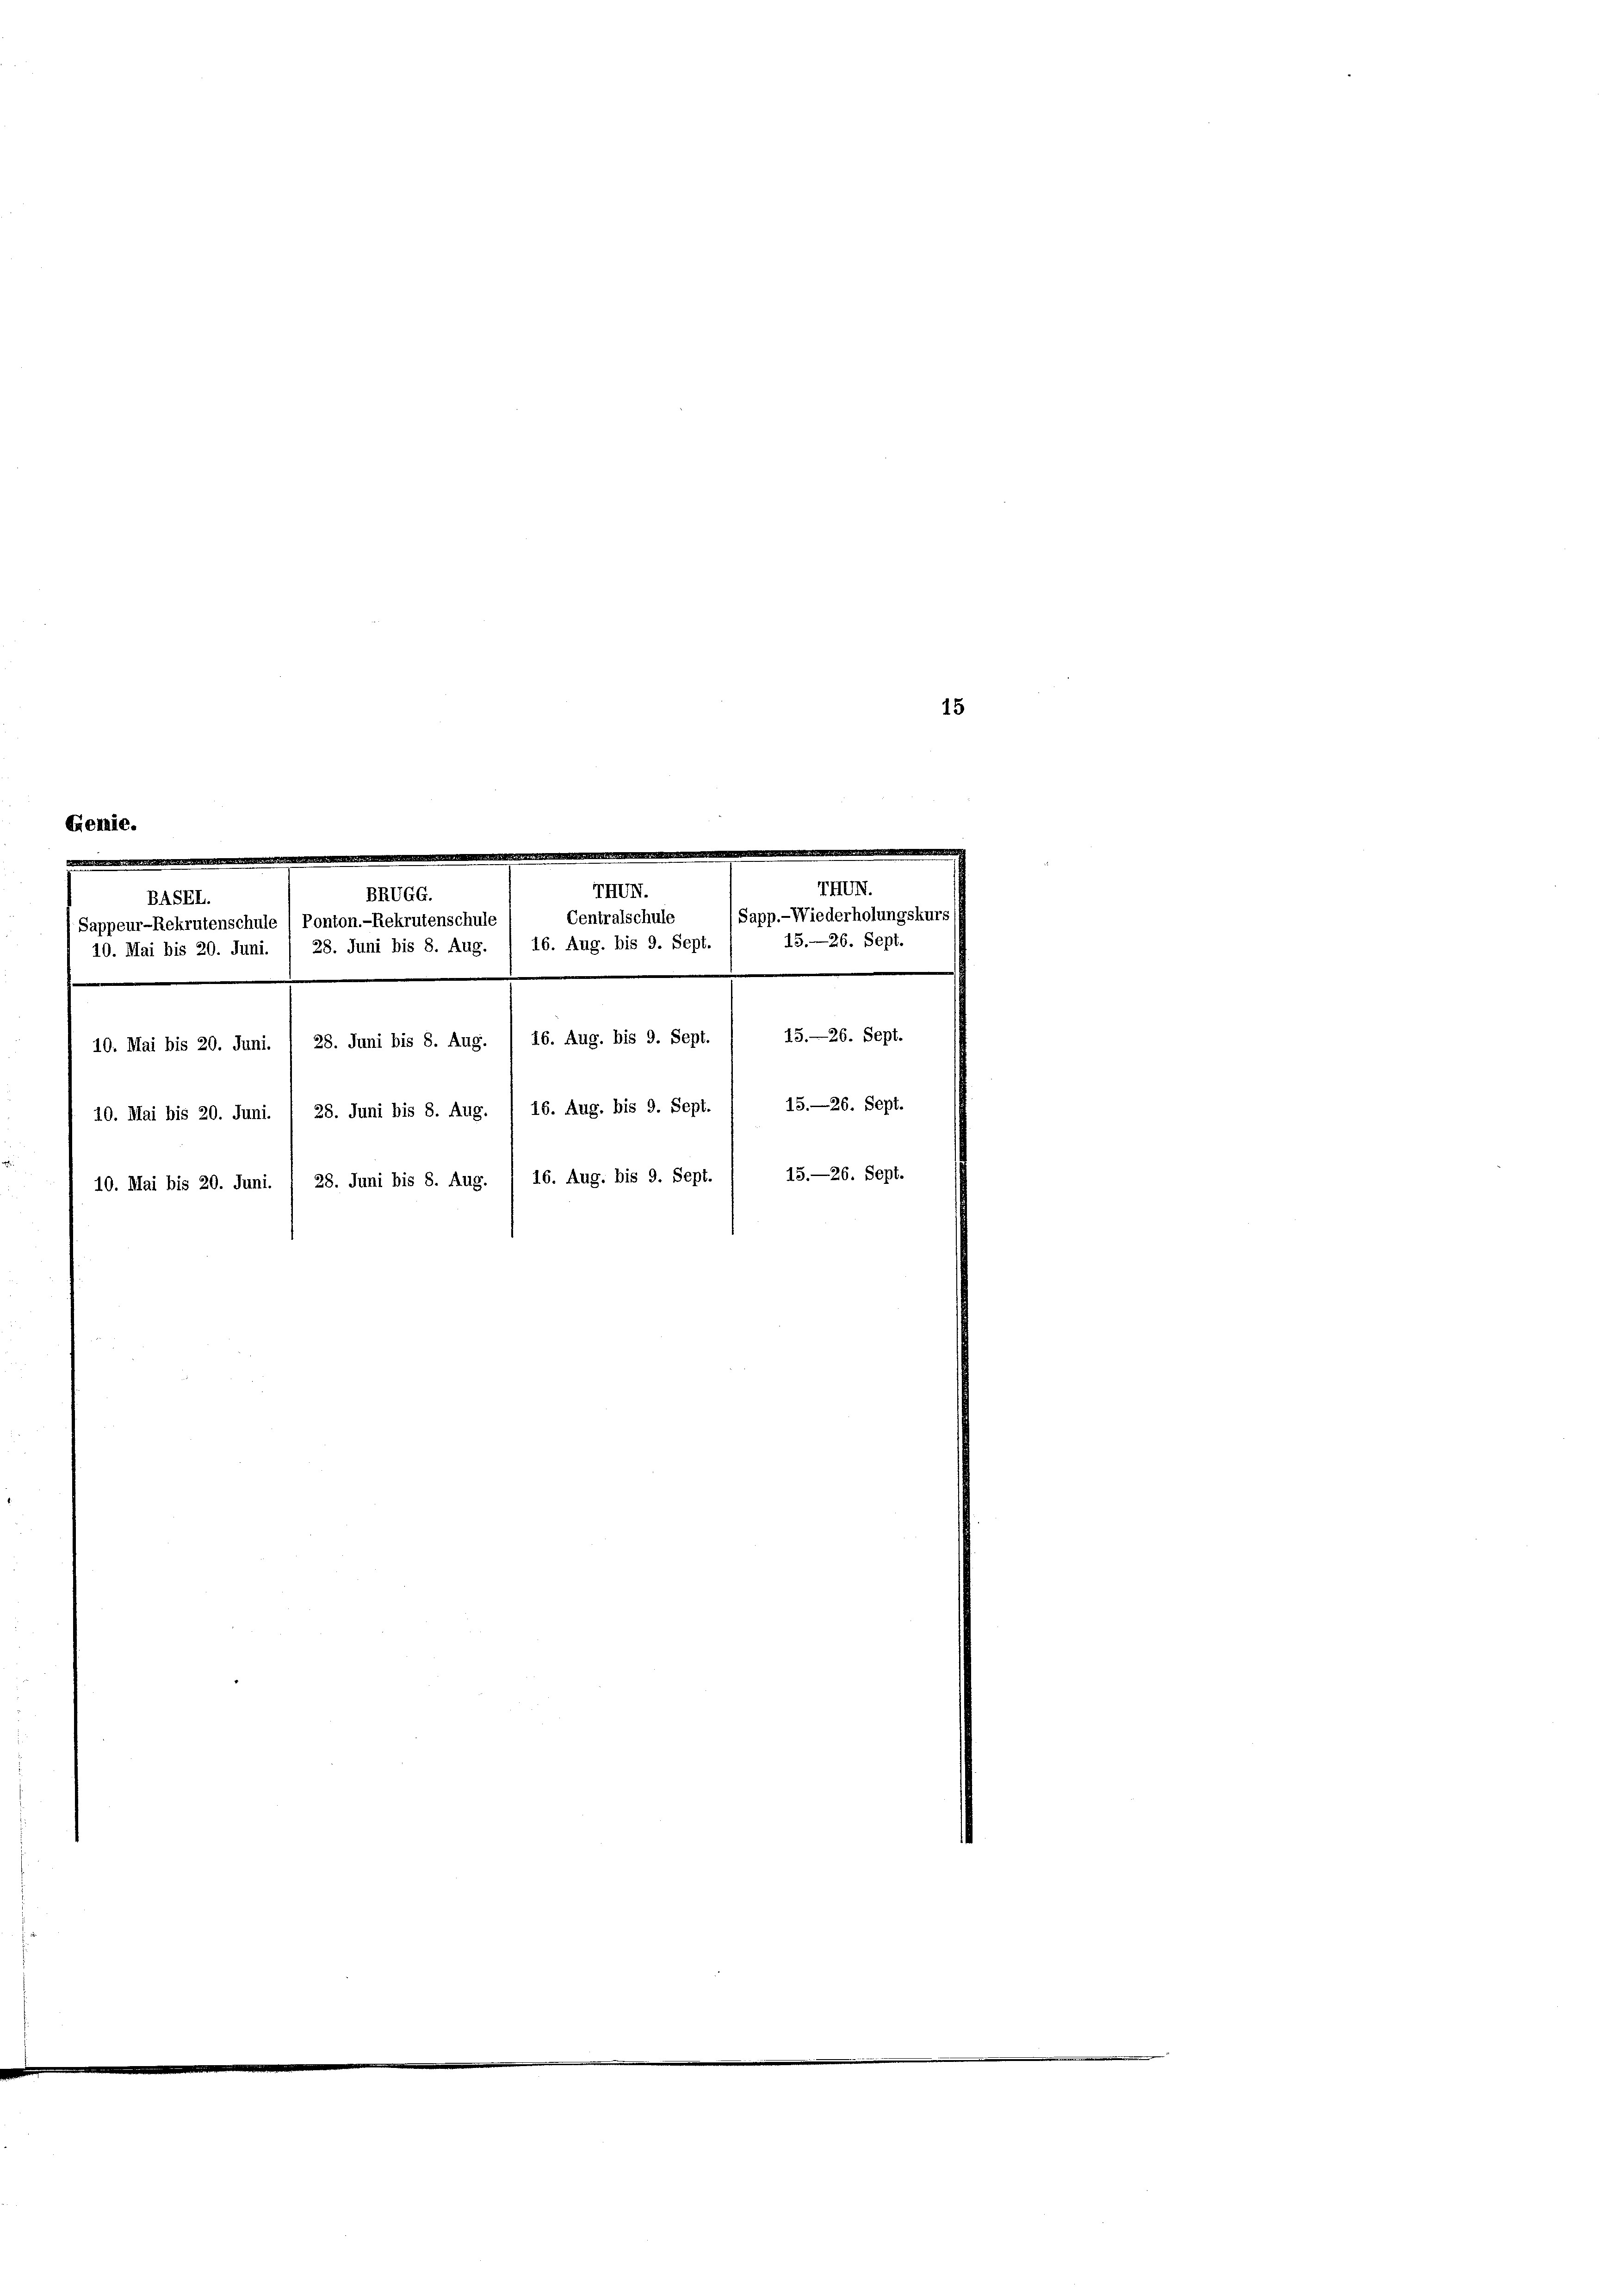
Gemie.
.
e

d
BASEL.
28. Juni bis 8. Aug. / 16. Aug. bis 9. Sept.
10. Mai bis 20. Juni.
s
10. Mai bis 20. Juni. / 28. Juni bis 8. Aug. / 16. Aug. bis 9. Sept.
16. Aug. bis 9. Sept.
28. Juni bis 8. Aug.
10. Mai bis 20. Juni
16. Aug. bis 9. Sept
28. Juni bis 8. Aug.
10. Mai bis 20. Juni.

TIVII.
BRUGG.
Centralschule
Sappeur-Rekrutenschule / Ponton.-Rekrutenschule

15.—26. Sept.

(Sapp.- Wiederholungskur
15.—26. Sept.

15.—26. Sept.
15.—26. Sept.

15